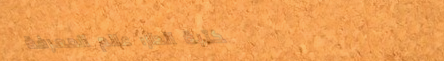
مكتبة الدار: عالم المعرفة